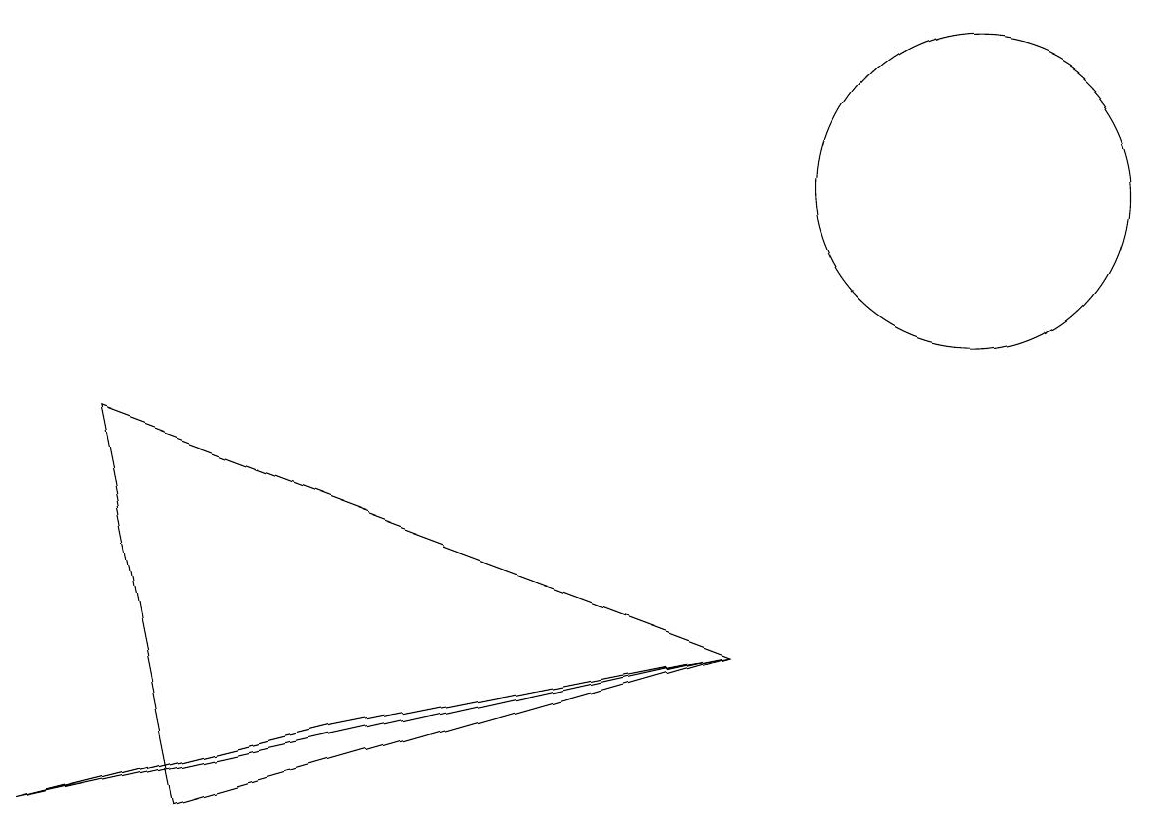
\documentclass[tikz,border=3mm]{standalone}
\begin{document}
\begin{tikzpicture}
\draw (9,5) -- (2,3) -- (1,8) -- cycle;
\draw (12,11) circle (2);
\draw (0,3) -- (4,4) -- (9,5) -- cycle;
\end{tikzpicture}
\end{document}